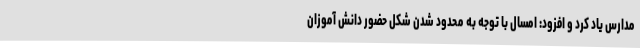
مدارس یاد کرد و افزود: امسال با توجه به محدود شدن شکل حضور دانش آموزان